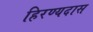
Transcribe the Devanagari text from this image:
हिरण्यदास